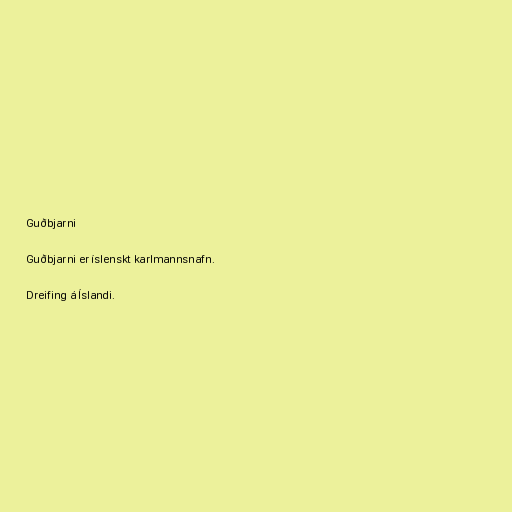
Guðbjarni

Guðbjarni er íslenskt karlmannsnafn.

Dreifing á Íslandi.